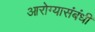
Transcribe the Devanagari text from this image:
आरोग्यासंबंधी